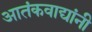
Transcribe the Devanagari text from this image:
आतंकवाद्यांनी